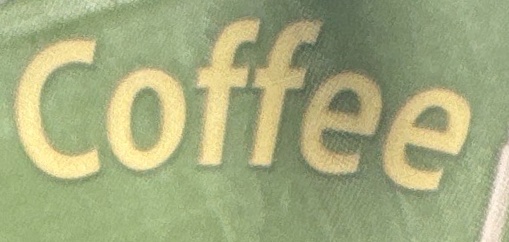
Coffee